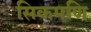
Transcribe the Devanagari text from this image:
सिकमणि